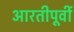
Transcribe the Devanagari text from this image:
आरतीपूर्वी